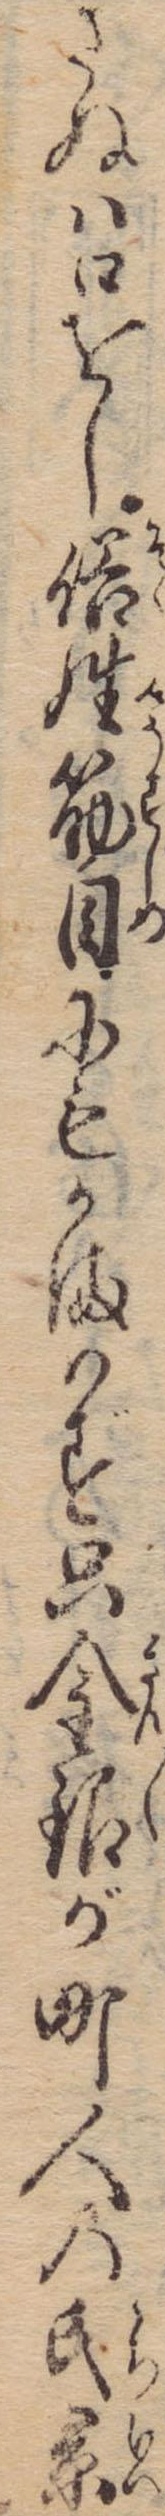
さぬは口をし俗姓筋目にもかまはず只金銀が町人の氏系